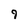
Character: 9